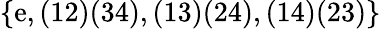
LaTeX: \{ \mathrm{e},(12)(34),(13)(24),(14)(23)\}